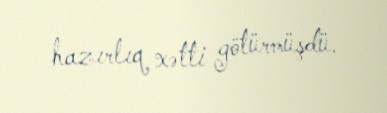
hazırlıq xətti götürmüşdü.